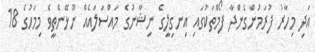
އަދި މިހާރު ފުރަމުންގެންދާ ފޯމްތަކުގައި އިނގިލީގެ ނިޝާނުގެ މައްސަލައެއް ނޫޅޭނެތީވެ މިމަހުގެ 18